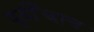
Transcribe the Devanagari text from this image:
पूर्वीचाच